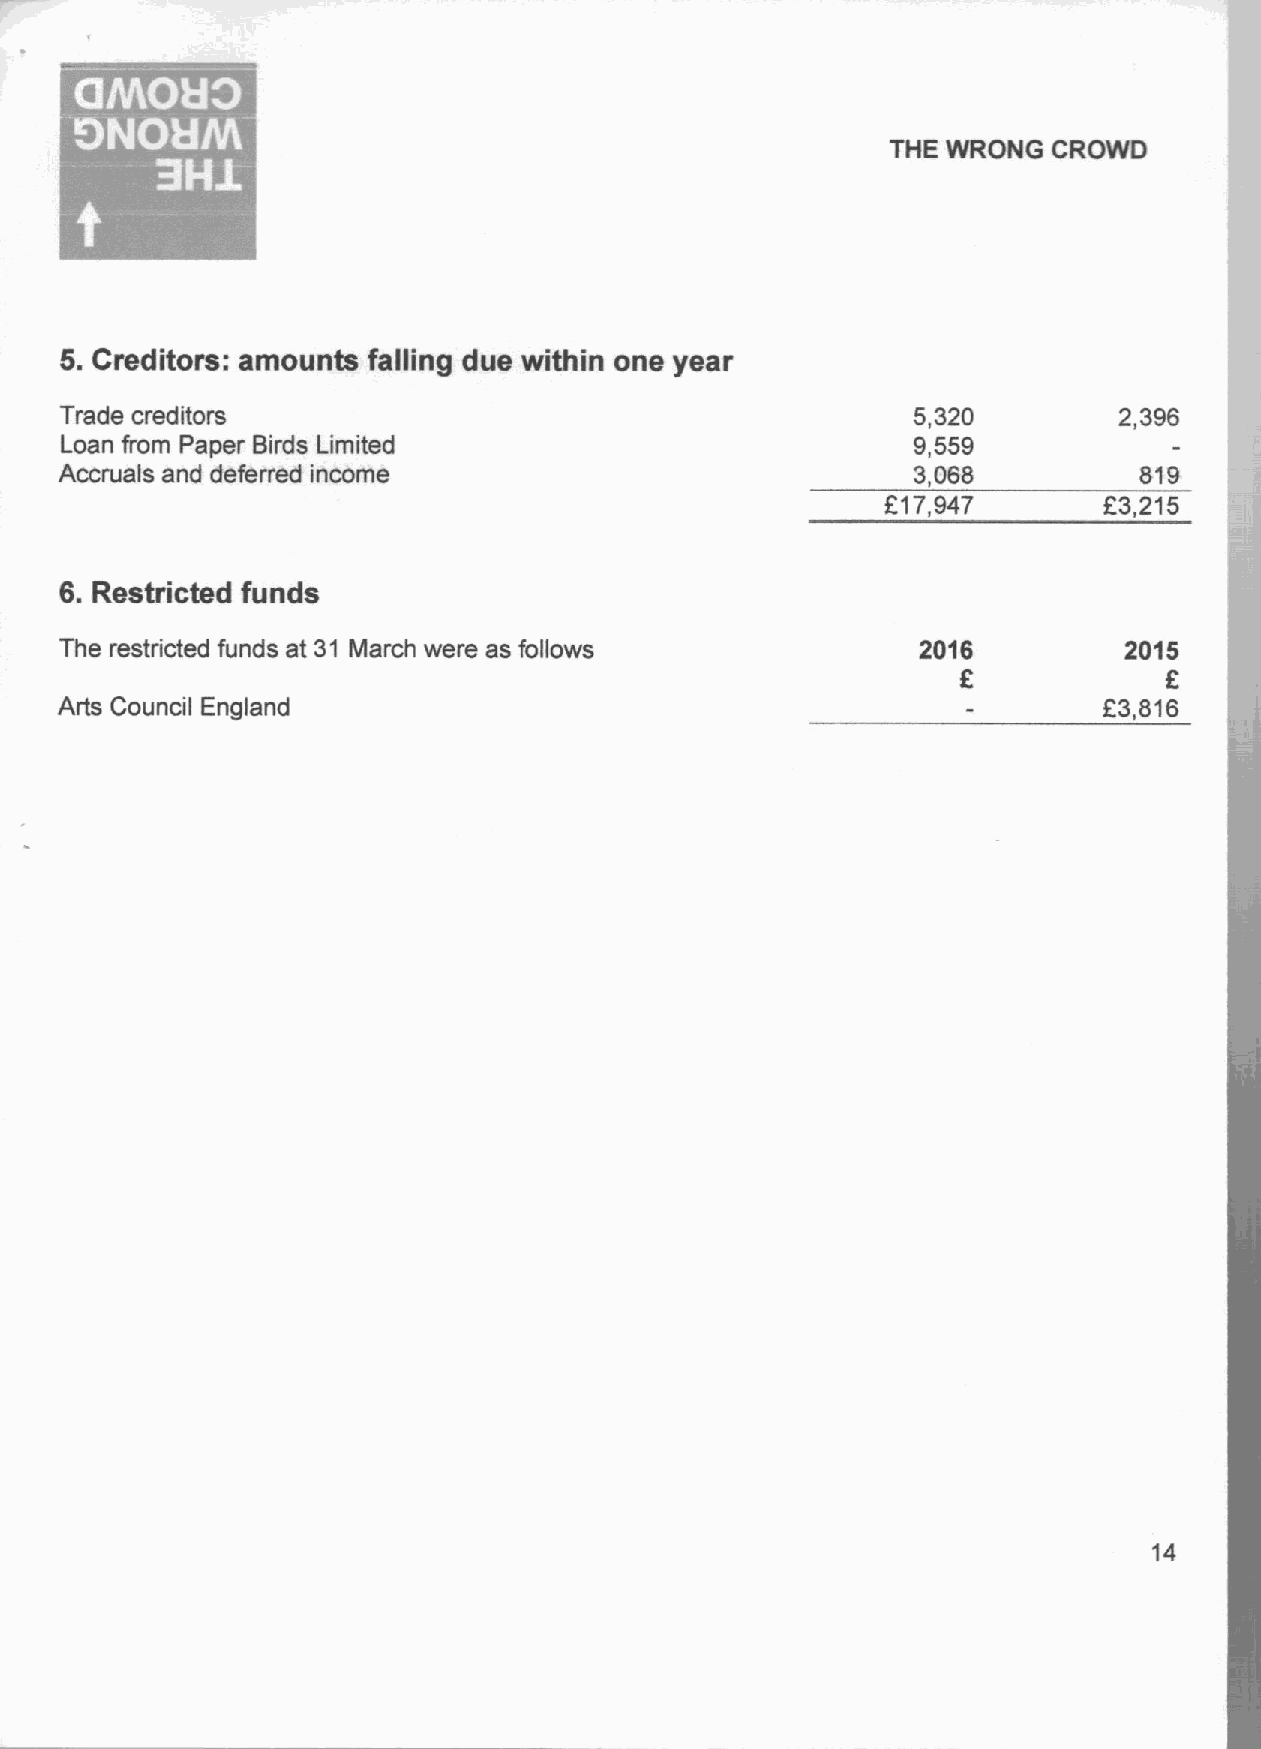
~    ~
 ~ s
 THE WRONG  CROWD
 5.Creditors: amounts falling due within one year
 Trade creditors                                         5,320         2,396
 Loan from Paper Birds Limited                           9,559
 Accruals and deferred income                            3,068          819
 F17,947       F3,215
 6.Restricted funds
 The restricted funds at 31 March were as follows         2016         2015
 6            6
 Arts Council England                                                 L3,816
 14